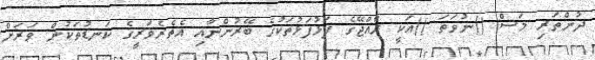
ދުންތަރި މަސް ()ނުވަތަ ()އަކީ ރާއްޖޭގެ ފަޅުފަޅުތަކުގެ ބޭރުންނާއި އެތެރެވަރީގެ ކަނޑުތަކުން ވަރަށް